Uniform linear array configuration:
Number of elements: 16
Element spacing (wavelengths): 0.25
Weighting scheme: cosine
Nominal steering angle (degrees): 15
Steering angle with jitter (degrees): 16.642
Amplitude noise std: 0.05
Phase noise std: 0.05

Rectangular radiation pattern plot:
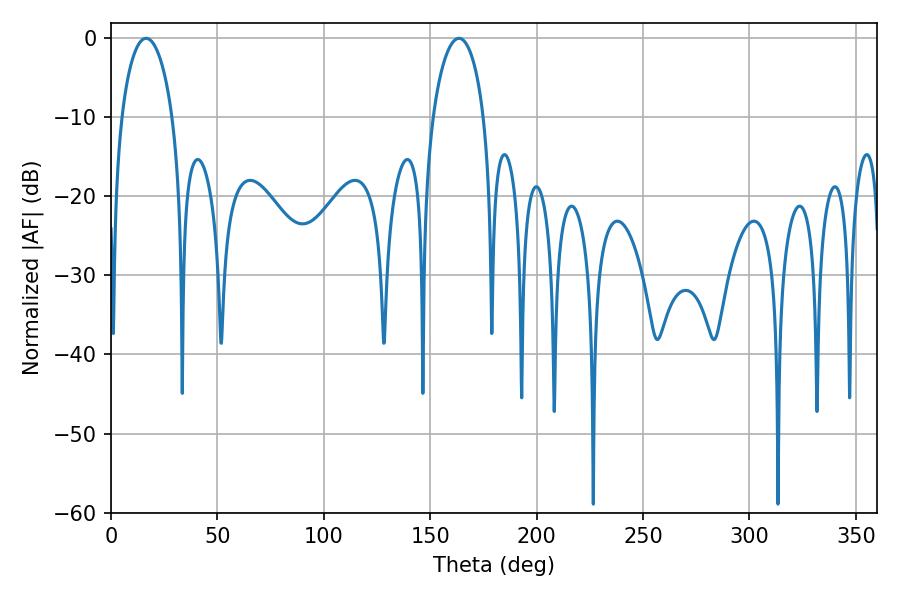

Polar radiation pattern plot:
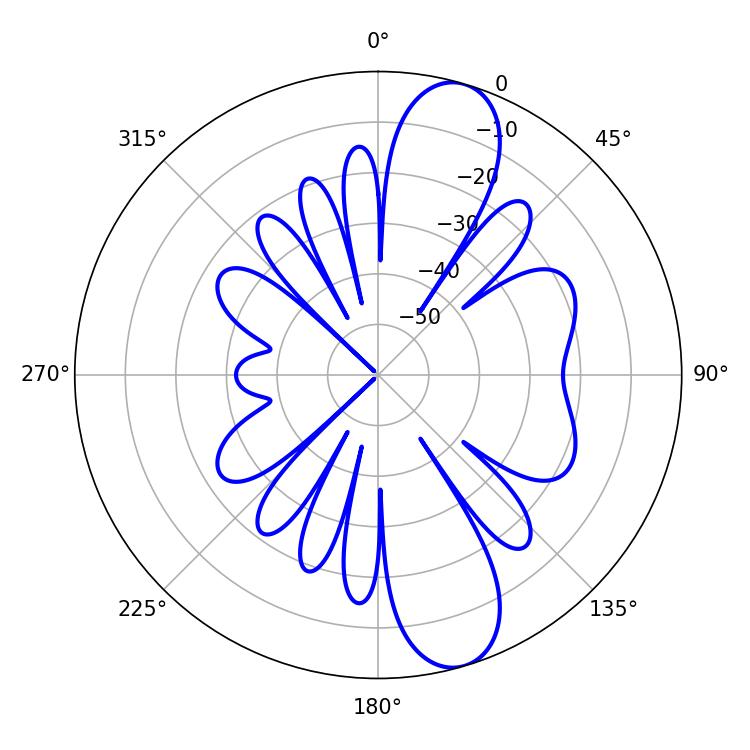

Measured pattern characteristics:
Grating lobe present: FALSE
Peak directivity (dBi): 11.132
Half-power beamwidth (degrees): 13.68
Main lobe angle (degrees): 16.56